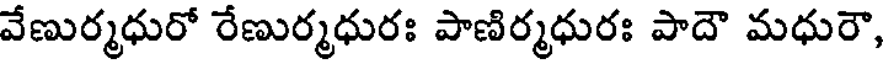
వేణుర్మధురో రేణుర్మధురః పాణిర్మధురః పాదౌ మధురౌ,